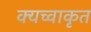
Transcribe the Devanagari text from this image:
क्यच्वाकृत